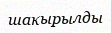
шакырылды